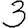
Digit: 3